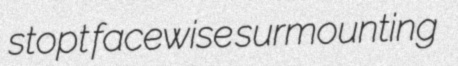
stopt facewise surmounting